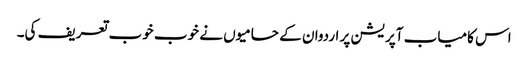
اس کامیاب آپریشن پر اردوان کے حامیوں نے خوب خوب تعریف کی۔